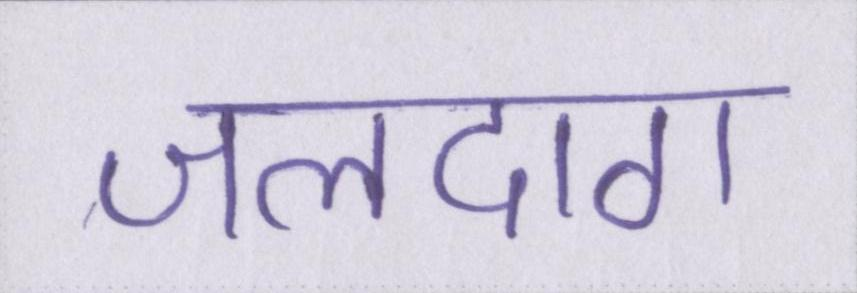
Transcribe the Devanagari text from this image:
जलदाग